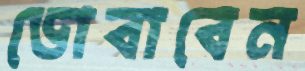
ডোবাবেন